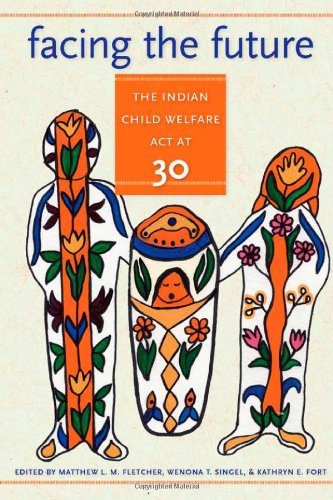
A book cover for Facing the Future: The Indian Child Welfare Act at 30 (American Indian Studies); Law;